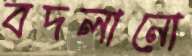
বদলানো